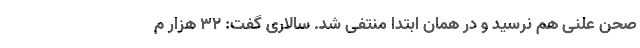
صحن علنی هم نرسید و در همان ابتدا منتفی شد. سالاری گفت: ۳۲ هزار م